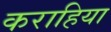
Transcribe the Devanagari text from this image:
कराहिया